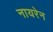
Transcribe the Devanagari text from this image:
नायरेन